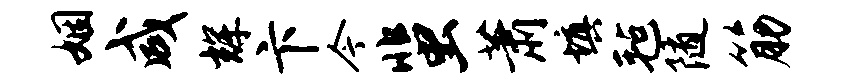
姻咸辉卞今蜚萧填毡随筋